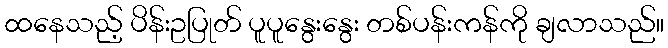
ထနေသည့် ပိန်းဥပြုတ် ပူပူနွေးနွေး တစ်ပန်းကန်ကို ချလာသည်။